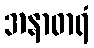
အနာဓာရံ